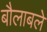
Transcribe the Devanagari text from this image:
बौलाबले